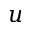
u